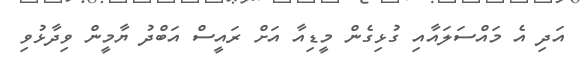
އަދި އެ މައްސަލައާއި ގުޅިގެން މީޑިއާ އަށް ރައީސް އަބްދު ޔާމީން ވިދާޅުވި